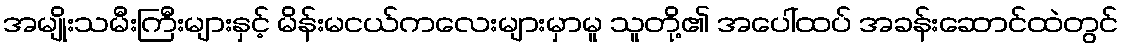
အမျိုးသမီးကြီးများနှင့် မိန်းမငယ်ကလေးများမှာမူ သူတို့၏ အပေါ်ထပ် အခန်းဆောင်ထဲတွင်